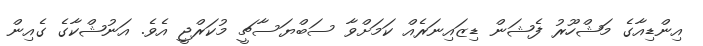
އިންޑިއާގެ މަޝްހޫރު ފެޝަން ޑިޒައިނަރެއް ކަމަށްވާ ސަބްޔަސާޗީ މުކަރްޖީ އެވެ. އަނުޝްކާގެ ގެއިން